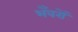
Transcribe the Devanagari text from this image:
भँवरों